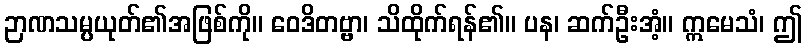
ဉာဏသမ္ပယုတ်၏အဖြစ်ကို။ ဝေဒိတဗ္ဗာ၊ သိထိုက်ရန်၏။ ပန၊ ဆက်ဦးအံ့။ ဣမေသံ၊ ဤ